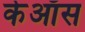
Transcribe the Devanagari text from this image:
केऑस